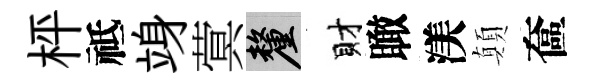
枰祗竧蓂厘財瞰渼顛奩